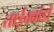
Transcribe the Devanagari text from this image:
ताईक्वांडो